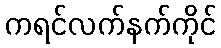
ကရင်လက်နက်ကိုင်